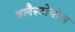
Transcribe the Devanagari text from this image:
बलैस्टोपोल